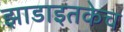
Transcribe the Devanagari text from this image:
झाडाइतकेच